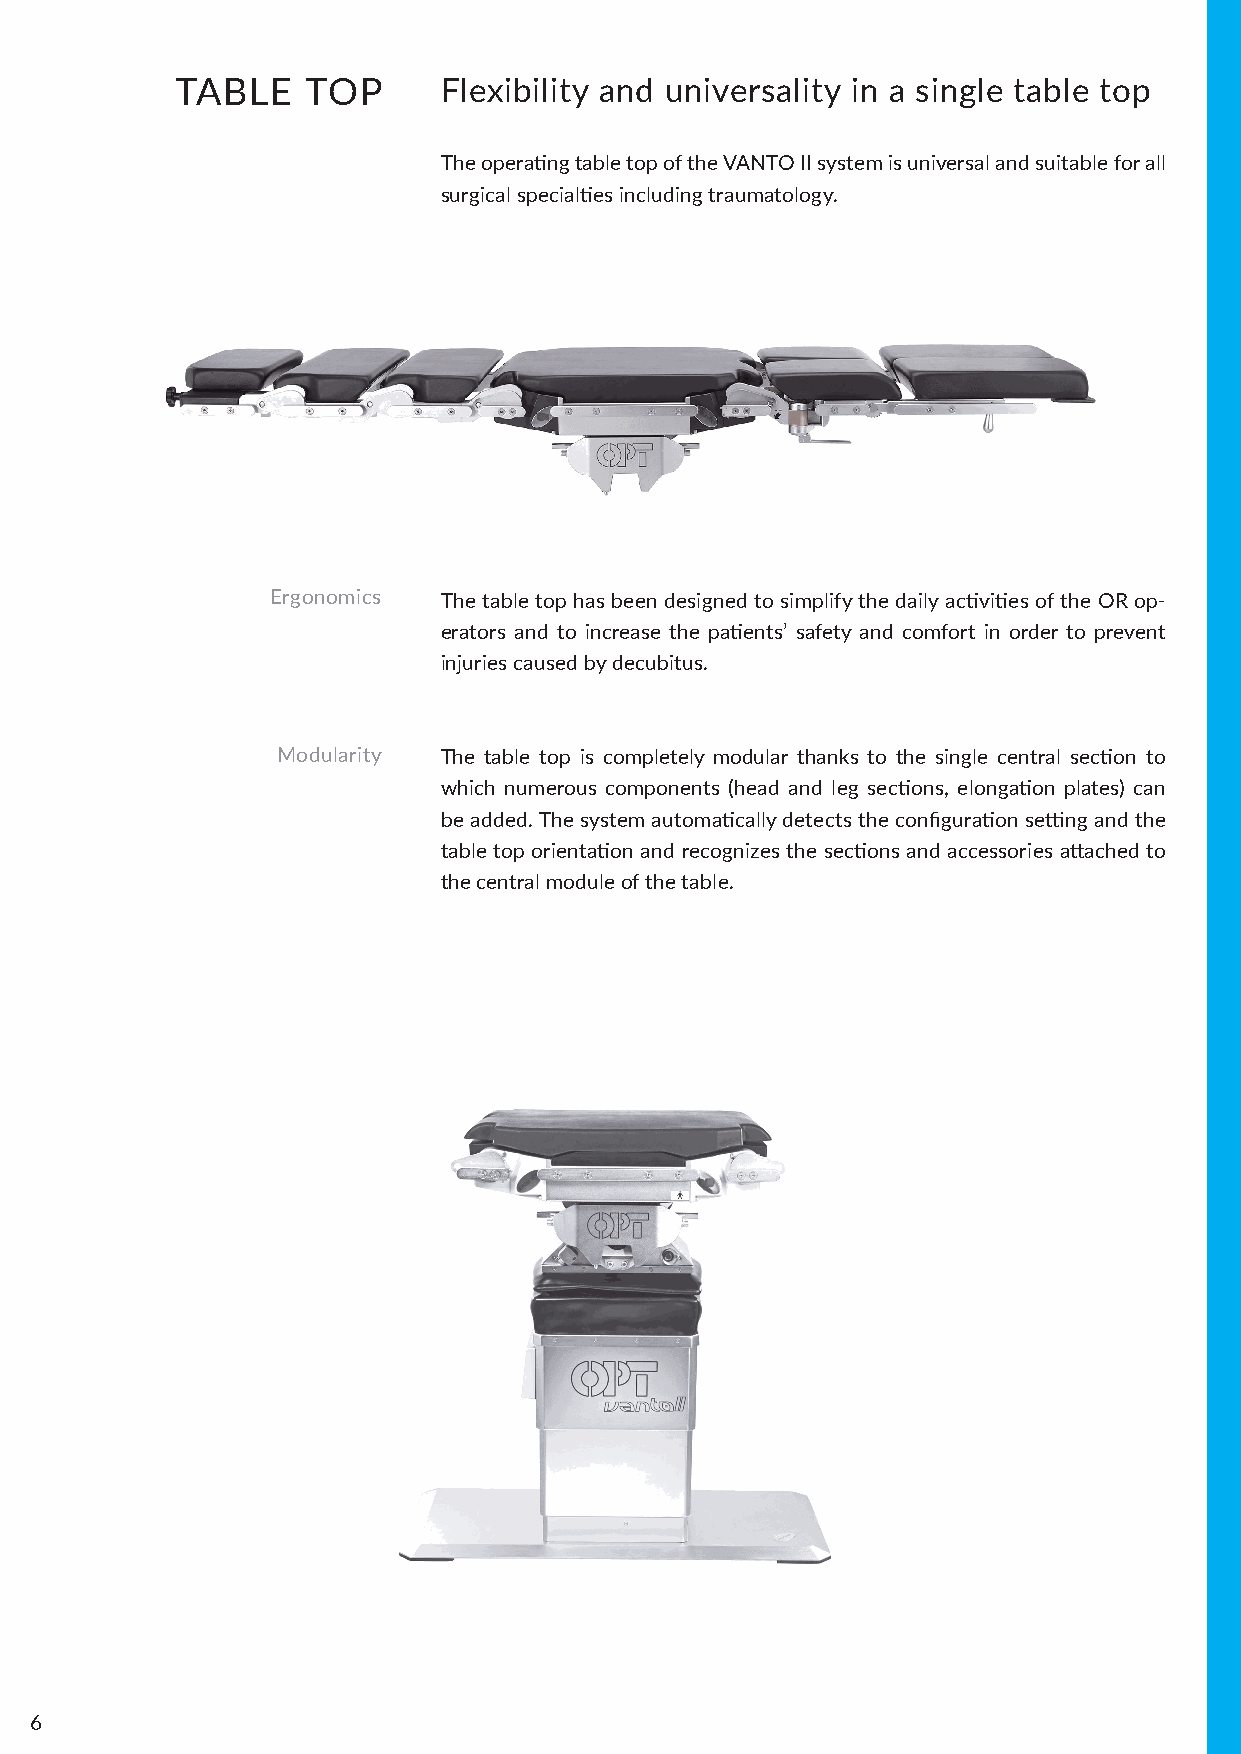
TABLE   TOP      Flexibility and universality in a single table top
 The operating table top of the VANTO II system is universal and suitable for all
 surgical specialties including traumatology.
 Ergonomics The table top has been designed to simplify the daily activities of the OR op-
 erators and to increase the patients’ safety and comfort in order to prevent
 injuries caused by decubitus.
 Modularity The table top is completely modular thanks to the single central section to
 which numerous components (head and leg sections, elongation plates) can
 be added. The system automatically detects the configuration setting and the
 table top orientation and recognizes the sections and accessories attached to
 the central module of the table.
 6